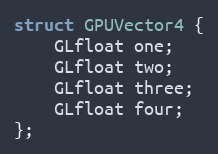
Language: C
struct GPUVector4 {
    GLfloat one;
    GLfloat two;
    GLfloat three;
    GLfloat four;
};